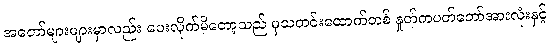
အတော်များများမှာလည်း ပေးလိုက်မိတော့သည် မှသတင်းထောက်တစ် နှုတ်ကပတ်တော်အားလုံးနှင့်